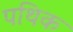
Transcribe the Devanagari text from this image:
पथिक